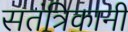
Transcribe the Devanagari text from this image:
सतंत्रिकानी